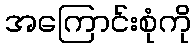
အကြောင်းစုံကို